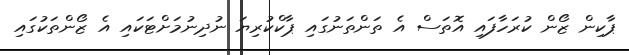
ޕާކިން ޒޯން ކުރަހާފައި އޮތަސް އެ ތަންތަނުގައި ޕާކްކުރިޔަ ނުދިނުމަށްޓަކައި އެ ޒޯންތަކުގައި